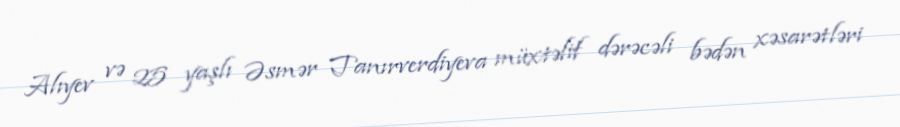
Alıyev və 25 yaşlı Əsmər Tanırverdiyeva müxtəlif dərəcəli bədən xəsarətləri